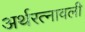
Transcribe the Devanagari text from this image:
अर्थरत्नावली